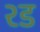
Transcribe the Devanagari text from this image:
२ड